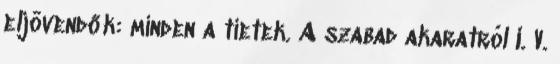
eljövendők: minden a tietek. A szabad akaratról I. V.